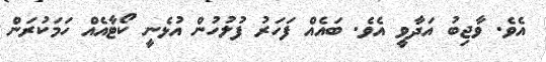
އެވެ. ވާޖިބު އަދާވީ އެވެ. ބައެއް ފަހަރު ފުލުހުން އުޅެނީ ކޯޓާއެއް ހަމަކުރަން